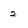
Character: 2